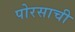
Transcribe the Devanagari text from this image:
पोरसाची